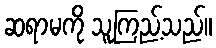
ဆရာမကို သူကြည့်သည်။